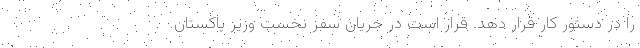
را در دستور کار قرار دهد. قرار است در جریان سفر نخست وزیر پاکستان